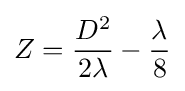
Z={\frac {D^{2}}{2\lambda }}-{\frac {\lambda }{8}}